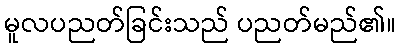
မူလပညတ်ခြင်းသည် ပညတ်မည်၏။